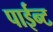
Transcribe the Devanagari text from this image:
पाईन्ट